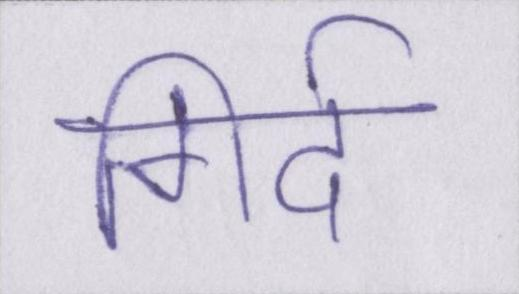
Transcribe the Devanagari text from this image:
गिर्द